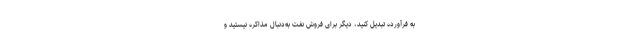
به فرآورده تبدیل کنید، دیگر برای فروش نفت به‌دنبال مذاکره نیستید و